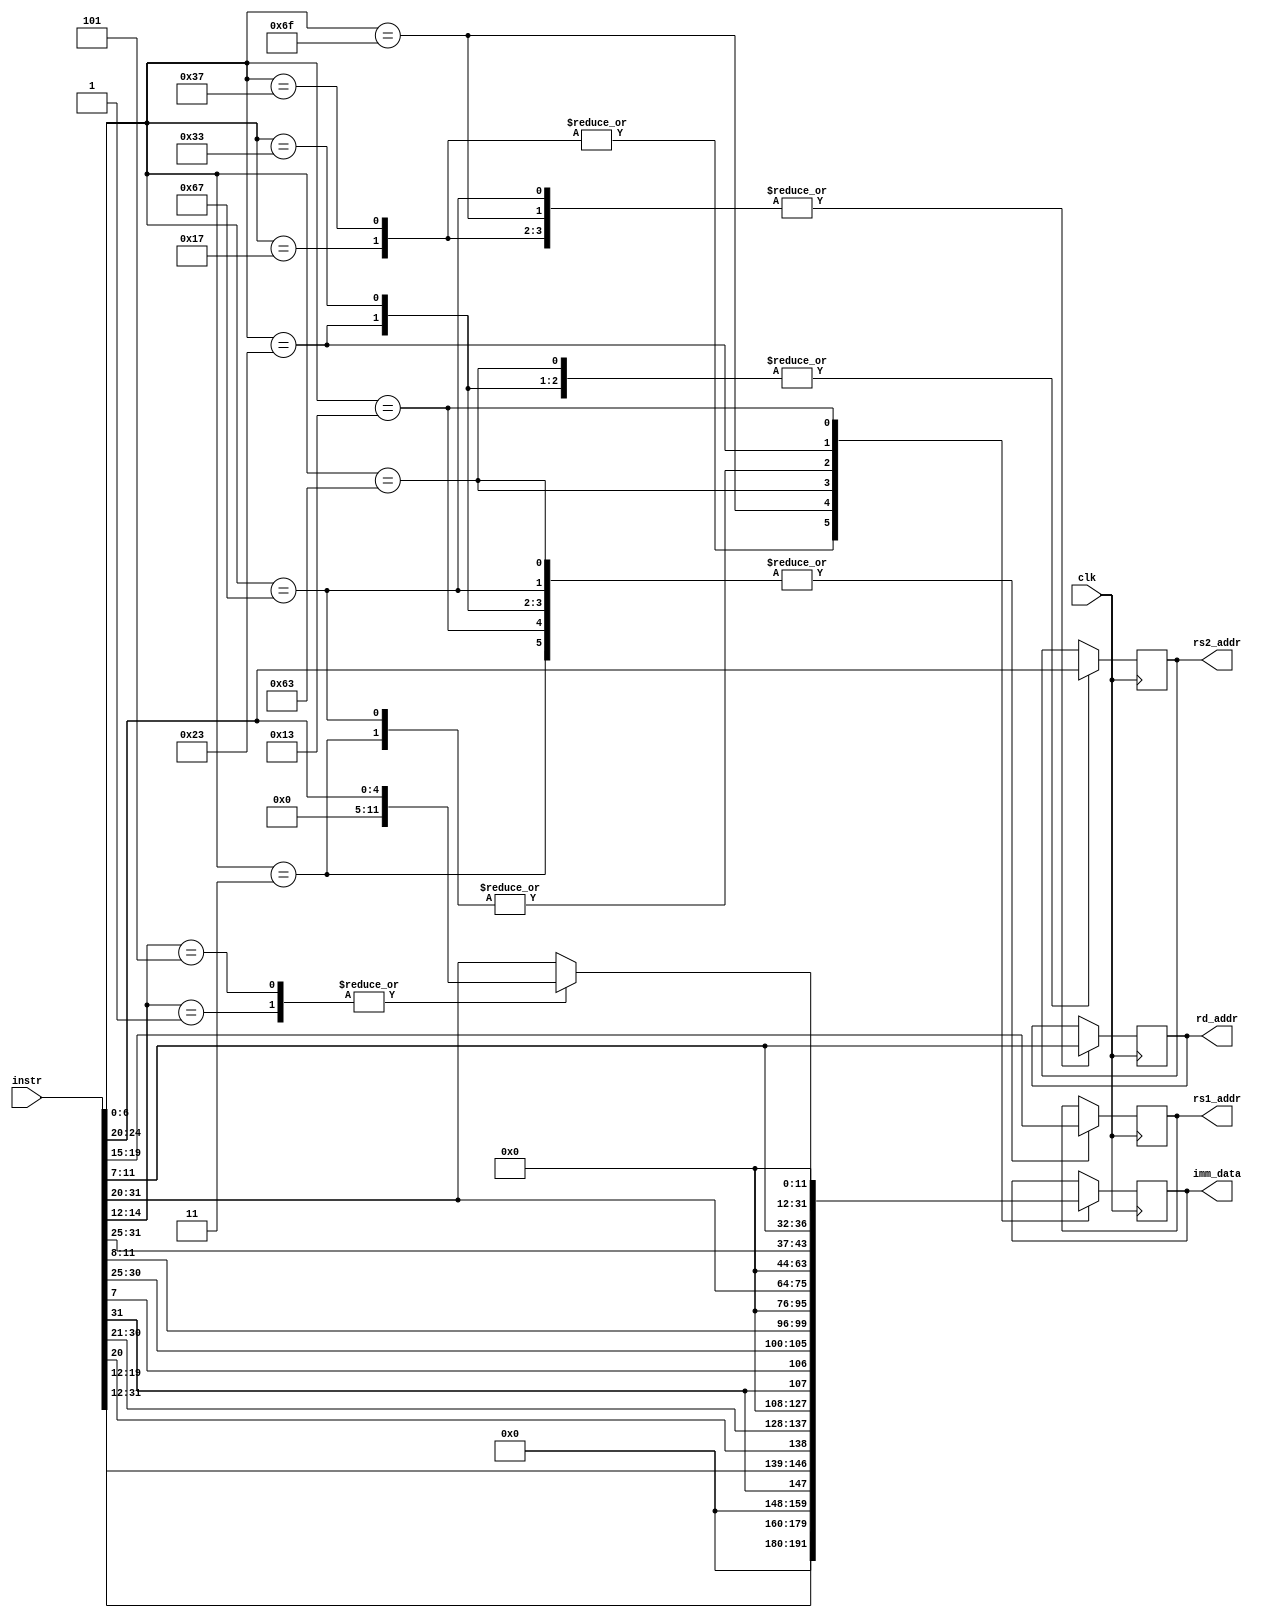
//Github co-pilot was not used
//Deocodes the instruction into its components
`timescale 1ns / 1ps
module InstructionDecoder(
    input clk,
    input [31:0] instr,
    output reg [4:0] rd_addr, rs1_addr, rs2_addr,
    output reg [31:0] imm_data
    );
    
    always@(posedge clk)
    begin
        case(instr[6:0])
            7'b0110111, 7'b0010111 : begin //LUI AUIPC
                                        imm_data <= instr[31:12];
                                        rd_addr <= instr[11:7];
                                     end 
            7'b1101111 : begin //JAL
                            imm_data <= {instr[31],instr[19:12],instr[20],instr[30:21]};
                            rd_addr <= instr[11:7];
                         end
            7'b1100111 : begin //JALR
                            imm_data <= instr[31:20];
                            rs1_addr <= instr[19:15];
                            rd_addr <= instr[11:7];
                         end
            7'b1100011 : begin //BRANCH
                            imm_data <= {instr[31], instr[7],instr[30:25],instr[11:8]};
                            rs1_addr <= instr[19:15];
                            rs2_addr <= instr[24:20];
                         end
            7'b0000011 : begin //LOAD
                            imm_data <= instr[31:20];
                            rs1_addr <= instr[19:15];
                            rd_addr <= instr[11:7];
                         end
            7'b0100011 : begin //STORE
                            imm_data <= {instr[31:25],instr[11:7]};
                            rs1_addr <= instr[19:15];
                            rs2_addr <= instr[24:20];
                         end
            7'b0010011 : begin
                            rs1_addr <= instr[19:15];
                            rd_addr <= instr[11:7];
                            case(instr[14:12])
                                3'b101, 3'b001 : imm_data <= instr[24:20]; //SHIFT
                                default : imm_data <= instr[31:20]; //IMM
                            endcase
                         end
            7'b0110011 : begin //ARITHEMATIC AND LOGICAL 
                            rs1_addr <= instr[19:15];
                            rs2_addr <= instr[24:20];                            
                            rd_addr <= instr[11:7];
                         end  
        endcase
    end
    
    
    
    
    
    
    
endmodule